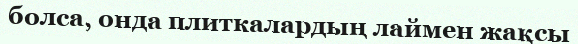
болса, онда плиткалардың лаймен жақсы